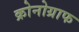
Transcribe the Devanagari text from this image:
क्रोनोग्राफ